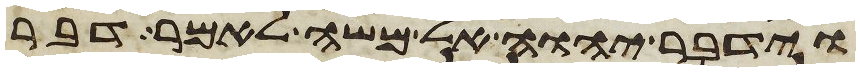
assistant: וידבר יהוה אל משה לאמר דבר